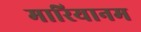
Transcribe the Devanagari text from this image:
मारियानम